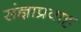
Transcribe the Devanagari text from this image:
संज्ञाप्रवाह